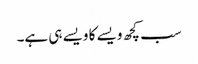
سب کچھ ویسے کا ویسے ہی ہے۔